Civil Veterinary Dept. Bombay admin report 1923-31 - 1923-1931
Year: 1923
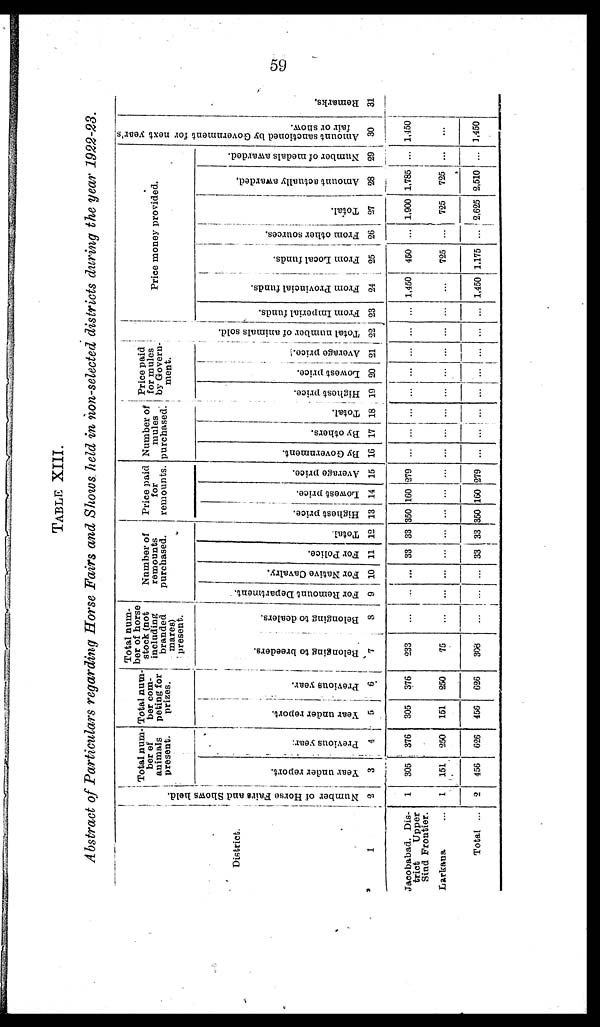
59
TABLE XIII.
Abstract of Particulars regarding Horse Fairs and Shows held in non-selected districts during the year 1922-23.
District.
1
Jacobabad, Dis-
tricts
Upper
Sind Frontier.
Larkana ...
Total ...
Number of Horse Fairs and Shows held.
2
1
1
2
Total num-
ber of
animals
present.
Year under report.
3
305
151
456
Previous year.
4
376
250
626
Total num-
ber com-
peting for
prizes.
Year under report.
5
305
151
456
Previous year.
5
376
250
626
Total num-
ber of horse
stock (not
including
branded
mares)
present.
Belonging to breeders.
7
233
75
306
Belonging to dealers.
8
...
...
...
Number of
remounts
purchased.
For Remount Department.
9
...
...
...
For Native Cavalry.
10
...
...
...
For Police.
11
33
...
33
Total.
12
33
...
33
Price paid
for
remounts.
Highest price.
13
350
...
350
Lowest price.
14
160
...
160
Average price.
15
279
...
279
Number of
mules
purchased.
By Government.
16
...
...
...
By others.
17
...
...
...
Total.
18
...
...
...
Price paid
for mules
by Govern-
ment.
Highest price.
19
...
...
...
Lowest price.
20
...
...
...
Average price.
21
...
...
...
Tot al number of animals sold.
22
...
...
...
Price money provided.
From Imperial funds.
23
...
...
...
From Provincial funds.
24
1,450
...
1,450
From Local funds.
25
450
725
1,175
From other sources.
26
...
...
...
Total.
27
1,900
725
2,625
Amount actually awarded.
28
1,785
725
2,510
Number of medals awarded.
29
...
...
...
Amount sanctioned by Government for next year's
fair or show.
30
1,450
...
1,450
Re ma r
k s
.
31